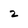
Character: 2